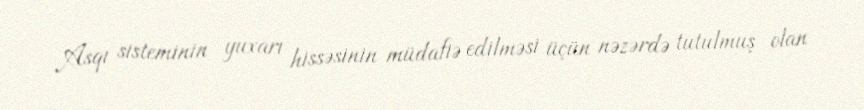
Asqı sisteminin yuxarı hissəsinin müdafiə edilməsi üçün nəzərdə tutulmuş olan